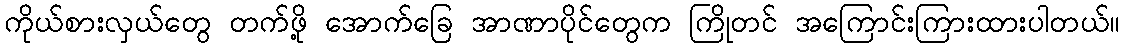
ကိုယ်စားလှယ်တွေ တက်ဖို့ အောက်ခြေ အာဏာပိုင်တွေက ကြိုတင် အကြောင်းကြားထားပါတယ်။